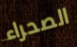
الصحراء